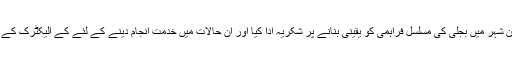
وزیر اطلاعات نے کے الیکٹرک کا لاک ڈاؤن کے دوران شہر میں بجلی کی مسلسل فراہمی کو یقینی بنانے پر شکریہ ادا کیا اور ان حالات میں خدمت انجام دینے کے لئے کے الیکٹرک کے تمام ورکرز اور منتظمین کو خراج تحسین بھی پیش کیا۔